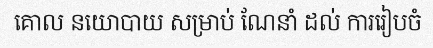
គោល នយោបាយ សម្រាប់ ណែនាំ ដល់ ការរៀបចំ